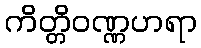
ကိတ္တိဝဏ္ဏဟရာ